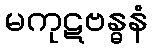
မကုဋဗန္ဓနံ